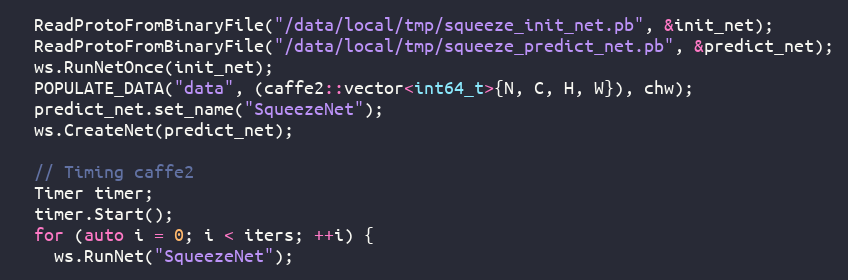
Language: C++
  ReadProtoFromBinaryFile("/data/local/tmp/squeeze_init_net.pb", &init_net);
  ReadProtoFromBinaryFile("/data/local/tmp/squeeze_predict_net.pb", &predict_net);
  ws.RunNetOnce(init_net);
  POPULATE_DATA("data", (caffe2::vector<int64_t>{N, C, H, W}), chw);
  predict_net.set_name("SqueezeNet");
  ws.CreateNet(predict_net);

  // Timing caffe2
  Timer timer;
  timer.Start();
  for (auto i = 0; i < iters; ++i) {
    ws.RunNet("SqueezeNet");